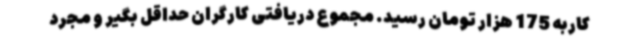
کاربه 175 هزار تومان رسید. مجموع دریافتی کارگران حداقل بگیر و مجرد